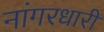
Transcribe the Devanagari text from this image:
नांगरधारी